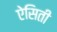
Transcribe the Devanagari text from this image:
ऐसिती